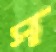
স